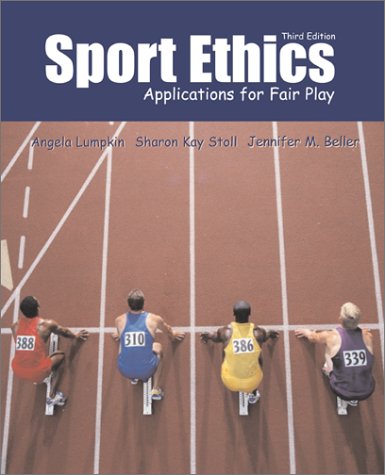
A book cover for Sport Ethics: Applications for Fair Play; Angela Lumpkin; Sports & Outdoors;